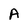
Character: A